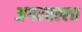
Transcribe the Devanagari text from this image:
अगरतल्ला